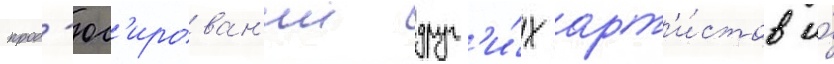
прод'юс'ирован'ии друг'и́х арт'и́стов и́